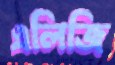
এলিজি